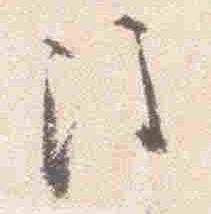
注